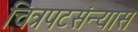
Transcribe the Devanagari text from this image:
चित्रपटसंन्यास